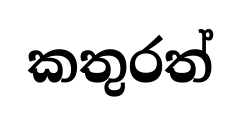
කතුරත්